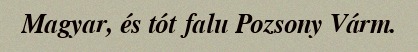
Magyar, és tót falu Pozsony Várm.